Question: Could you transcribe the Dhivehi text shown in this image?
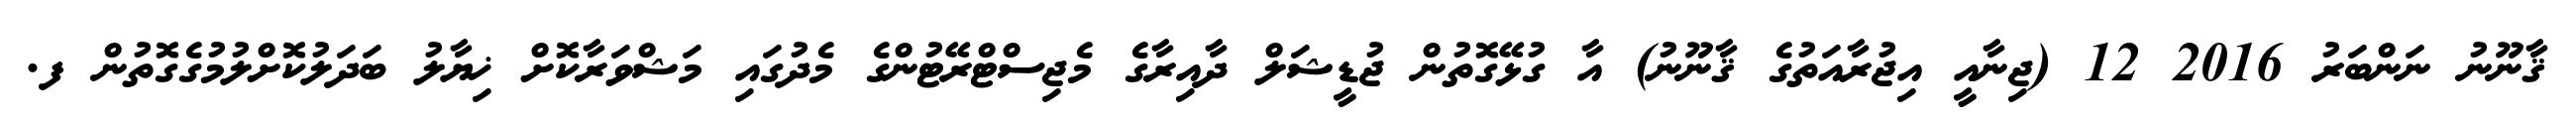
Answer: ޤާނޫނު ނަންބަރު 2016 12 (ޖިނާއީ އިޖުރާއަތުގެ ޤާނޫނު) އާ ގުޅޭގޮތުން ޖުޑީޝަލް ދާއިރާގެ މެޖިސްޓްރޭޓުންގެ މެދުގައި މަޝްވަރާކޮށް ޚިޔާލު ބަދަލުކޮށްލުމުގެގޮތުން ފ.